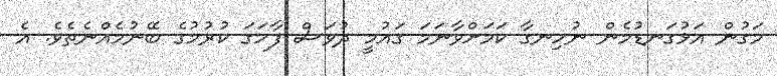
މަގުން އަޅުގަނޑުމެން ނުހިނގާ ކަމަށްވާނަމަ ގައުމީ ދުވަސް ފާހަގަ ކުރުމުގެ ބޭނުމެއްނެތެވެ. އެ